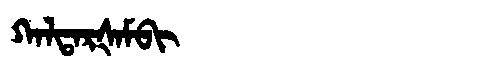
Manchu: ᡴᠠᠯᡨᠠᡵᡧᠠᠮᠪᡳ
Romanization: KALTARŠAMBI